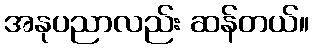
အနုပညာလည်း ဆန်တယ်။